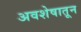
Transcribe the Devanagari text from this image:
अवशेषातून